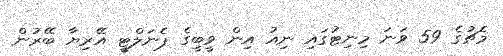
މެޗުގެ 59 ވަނަ މިނިޓުގައި ނިއު އިން ވީބީގެ ޕެނަލްޓީ އޭރިޔާ ބޭރުން